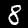
Label: 8